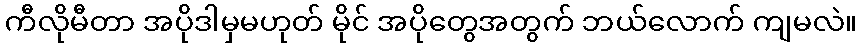
ကီလိုမီတာ အပိုဒါမှမဟုတ် မိုင် အပိုတွေအတွက် ဘယ်လောက် ကျမလဲ။